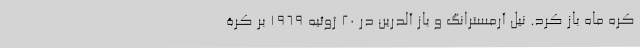
کره ماه باز کرد. نیل آرمسترانگ و باز آلدرین در 20 ژوئیه 1969 بر کرۀ